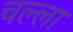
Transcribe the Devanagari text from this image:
चल्ला